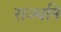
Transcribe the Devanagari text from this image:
राज्धनि